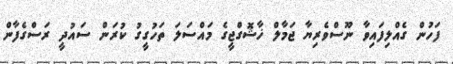
ފަހުން ގެއްލިފައިވާ ނޫސްވެރިޔާ ޖަމާލް ޚާޝޮގްޖީގެ މައްސަލަ ތަހުގީގު ކުރަން ސައުދީ ރަސްގެފާން